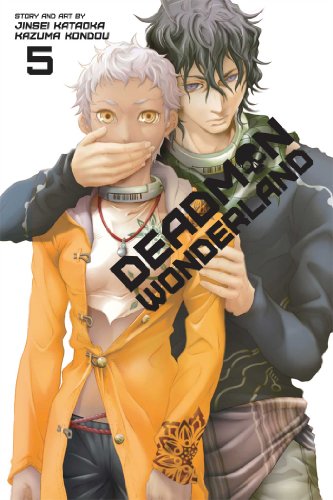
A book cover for Deadman Wonderland, Vol. 5; Jinsei Kataoka; Comics & Graphic Novels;